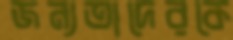
জন্যতাদেরকে